Bombay plague: being a history of the progress of plague in the Bombay presidency from September 1896 to June 1899
Year: 1896
Disease focus: Plague
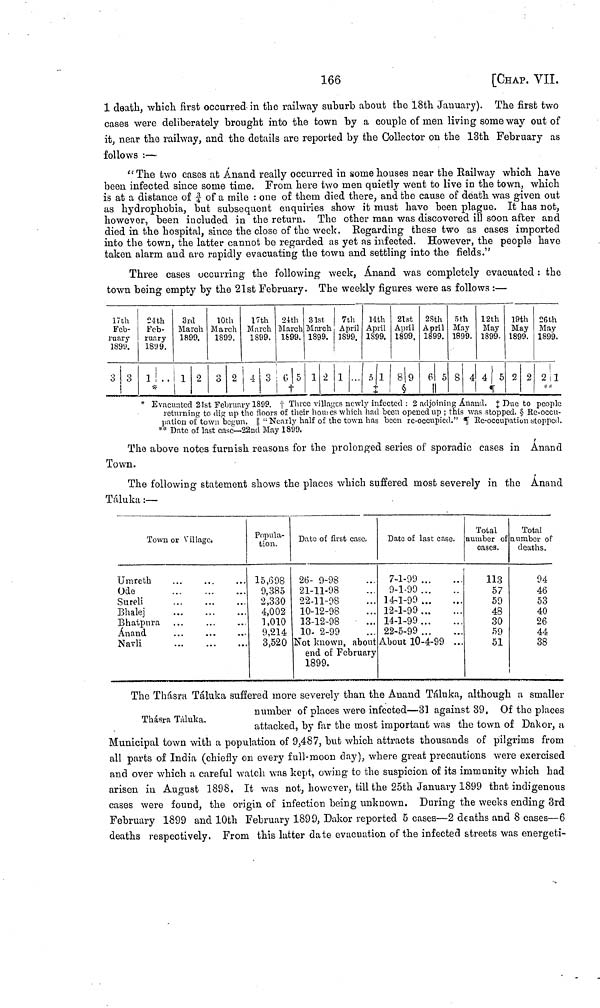
166
[CHAP. Vii.
1 death, which first occurred in the railway suburb about the 18th January). The first two
cases were deliberately brought into the town by a couple of men living some way out of
it, near the railway, and the details are reported by the Collector on the 13th February as
follows :—
"The two cases at Ánand really occurred in some houses near the Railway which have
been infected since some time. From here two men quietly went to live in the town, which
is at a distance of ¾ of a mile : one of them died there, and the cause of death was given out
as hydrophobia, but subsequent enquiries show it must have been plague. It has not,
howevor, been included in the return. The other man was discovered ill soon after and
died in the hospital, since the close of the week. Regarding these two as cases imported
into the town, the latter cannot be regarded as yet as infected. However, the people have
taken alarm and are rapidly evacuating the town and settling into the fields."
Three cases occurring the following week, Ánand was completely evacuated : the
town being empty by the 21st February. The weekly figures were as follows :—
17th
Feb-
ruary
1899.
3 3
24th
Feb-
ruary
1899.
1
3rd
March
1899.
1 2
10th
March
1899.
3 2
17th
March
1899.
4 3
24th
March
1899.
6 5
31st
March
1899.
1 2
7th
April
1899.
1
14th
April
1899.
5
21 st
April
1899.
8 9
28th
April
1899.
6 5
5th
May
1899.
8 4
12th
May
1899.
4 5
19th
May
1899.
2 2
26th
May
1899.
2 1
* Evacuated 21st February 1899. † Three villages newly infected : 2 adjoining Ánand. ‡ Due to people
returning to dig up the floors of their hontes which had been opened up ; this was stopped. § Re-occu-
pation of town begun. || " Nearly half of the town has been re-occupied." ** Re-occupation stopped.
** Date of last case—22nd May 1899.
The above notes furnish reasons for the prolonged series of sporadic cases in Anand
Town.
The following statement shows the places which suffered most severely in the Anand
Táluka :—
Town or Village.
Umreth
Ode
Sureli
Bhalej
Bhatpura
Ánand
Navli
...
...
...
...
...
...
...
...
...
...
...
...
...
...
...
...
...
Popula-
tion.
15,698
9,385
2,330
4,002
1,010
9,214
3,520
Dato of first case.
26- 9-98
21-11-98
22-11-98
10-12-98
13-12-98
10- 2-99
...
...
...
...
...
Not known, about
end of February
1899.
Date of last case.
7-1-99 ..
9-1-99 ...
14-1-99 ...
12-1-99 ...
14-1-99 ...
22-5-99 ...
About 10-4-99
...
...
...
...
Total
number of
cases.
113
57
59
48
30
59
51
Total
n umber of
deaths.
94
46
53
40
26
44
38
Thásra Táluka.
The Thásra Táluka suffered more severely than the Anand Táluka, although a smaller
number of places were infected—31 against 39, Of the places
attacked, by far the most important was the town of Dakor, a
Municipal town with a population of 9,487, but which attracts thousands of pilgrims from
all parts of India (chiefly on every full-moon clay), where great precautions were exercised
and over which a careful watch was kept, owing to the suspicion of its immunity which had
arisen in August 1898. It was not, however, till the 25th January 1899 that indigenous
cases were found, the origin of infection being unknown. During the weeks ending 3rd
February 1899 and 10th February 1899, Dakor reported 5 cases—2 deaths and 8 cases—6
deaths respectively. From this latter date evacuation of the infected streets was energeti-